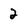
Character: 2